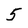
Character: 5